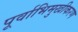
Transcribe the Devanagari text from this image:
पूर्वाभिमुखीकरण